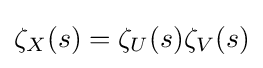
\zeta _{X}(s)=\zeta _{U}(s)\zeta _{V}(s)